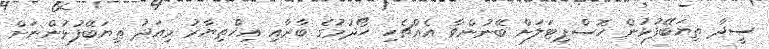
ސީދާ ތިޔަބޭފުޅުން ހޮސްޕިޓަލަށް ބޭނުންވާ އެއްޗެހި ހޯދުމުގެ ބާރާއި އިޚްތިޔާރު މިއަދު ތިޔަބޭފުޅުންނަށް